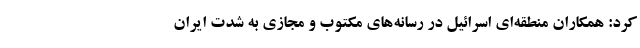
کرد: همکاران منطقه‌ای اسرائیل در رسانه‌های مکتوب و مجازی به شدت ایران